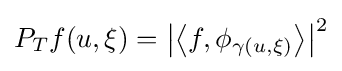
P_{T}f(u,\xi )=\left|\left\langle f,\phi _{\gamma (u,\xi )}\right\rangle \right|^{2}